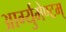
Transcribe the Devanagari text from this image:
आर्ग्युमेण्टम्